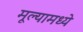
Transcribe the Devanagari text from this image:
मूल्यामध्ये